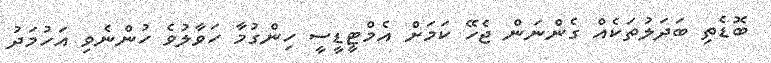
ބޮޑެތި ބަދަލުތަކެއް ގެންނަން ޖެހޭ ކަމަށް އެމްޓީޑީސީ ހިންގުމާ ހަވާލުވެ ހުންނެވި އަހުމަދު